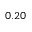
0 . 2 0